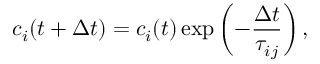
c _ { i } ( t + \Delta t ) = c _ { i } ( t ) \exp \left( - \frac { \Delta t } { \tau _ { i j } } \right) ,